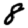
Digit: 8